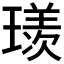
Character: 𱯥